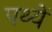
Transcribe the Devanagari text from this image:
पथ्यें